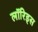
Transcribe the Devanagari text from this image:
लॉरिड्स